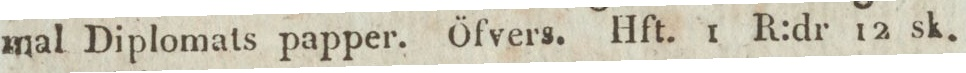
mal Diplomats papper. Öfvers. Hft. 1 R:dr 12 sk.